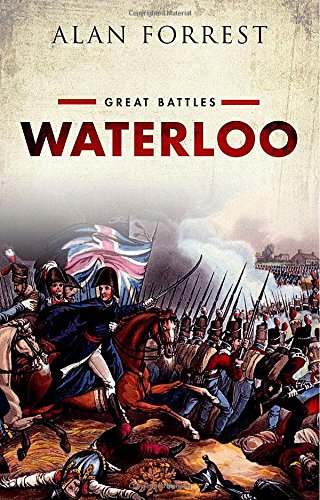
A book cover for Waterloo: Great Battles Series; Alan Forrest; History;